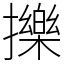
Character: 擽